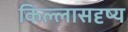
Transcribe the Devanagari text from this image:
किल्लासदृष्य